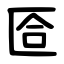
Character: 匼